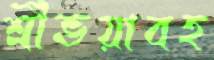
শ্রীভয়াবহ